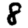
Digit: 8